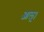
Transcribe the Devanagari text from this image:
आलू।